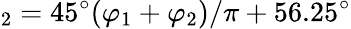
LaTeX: _2=45^{\circ}(\varphi_{1}+\varphi_{2})/\pi+56.25^{\circ}